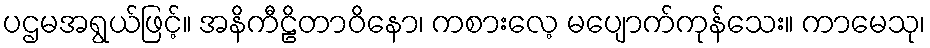
ပဌမအရွယ်ဖြင့်။ အနိကီဠိတာဝိနော၊ ကစားလေ့ မပျောက်ကုန်သေး။ ကာမေသု၊